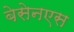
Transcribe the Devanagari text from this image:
बेसेनएस